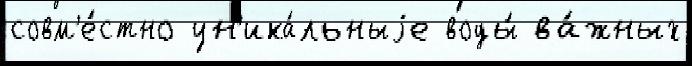
совм'е́стно ун'ика́льныjе воды́ ва́жных